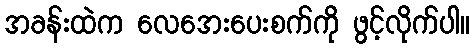
အခန်းထဲက လေအေးပေးစက်ကို ဖွင့်လိုက်ပါ။